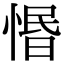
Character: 惽